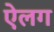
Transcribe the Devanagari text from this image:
ऐलग